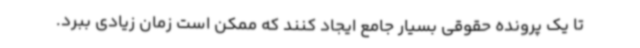
تا یک پرونده حقوقی بسیار جامع ایجاد کنند که ممکن است زمان زیادی ببرد.